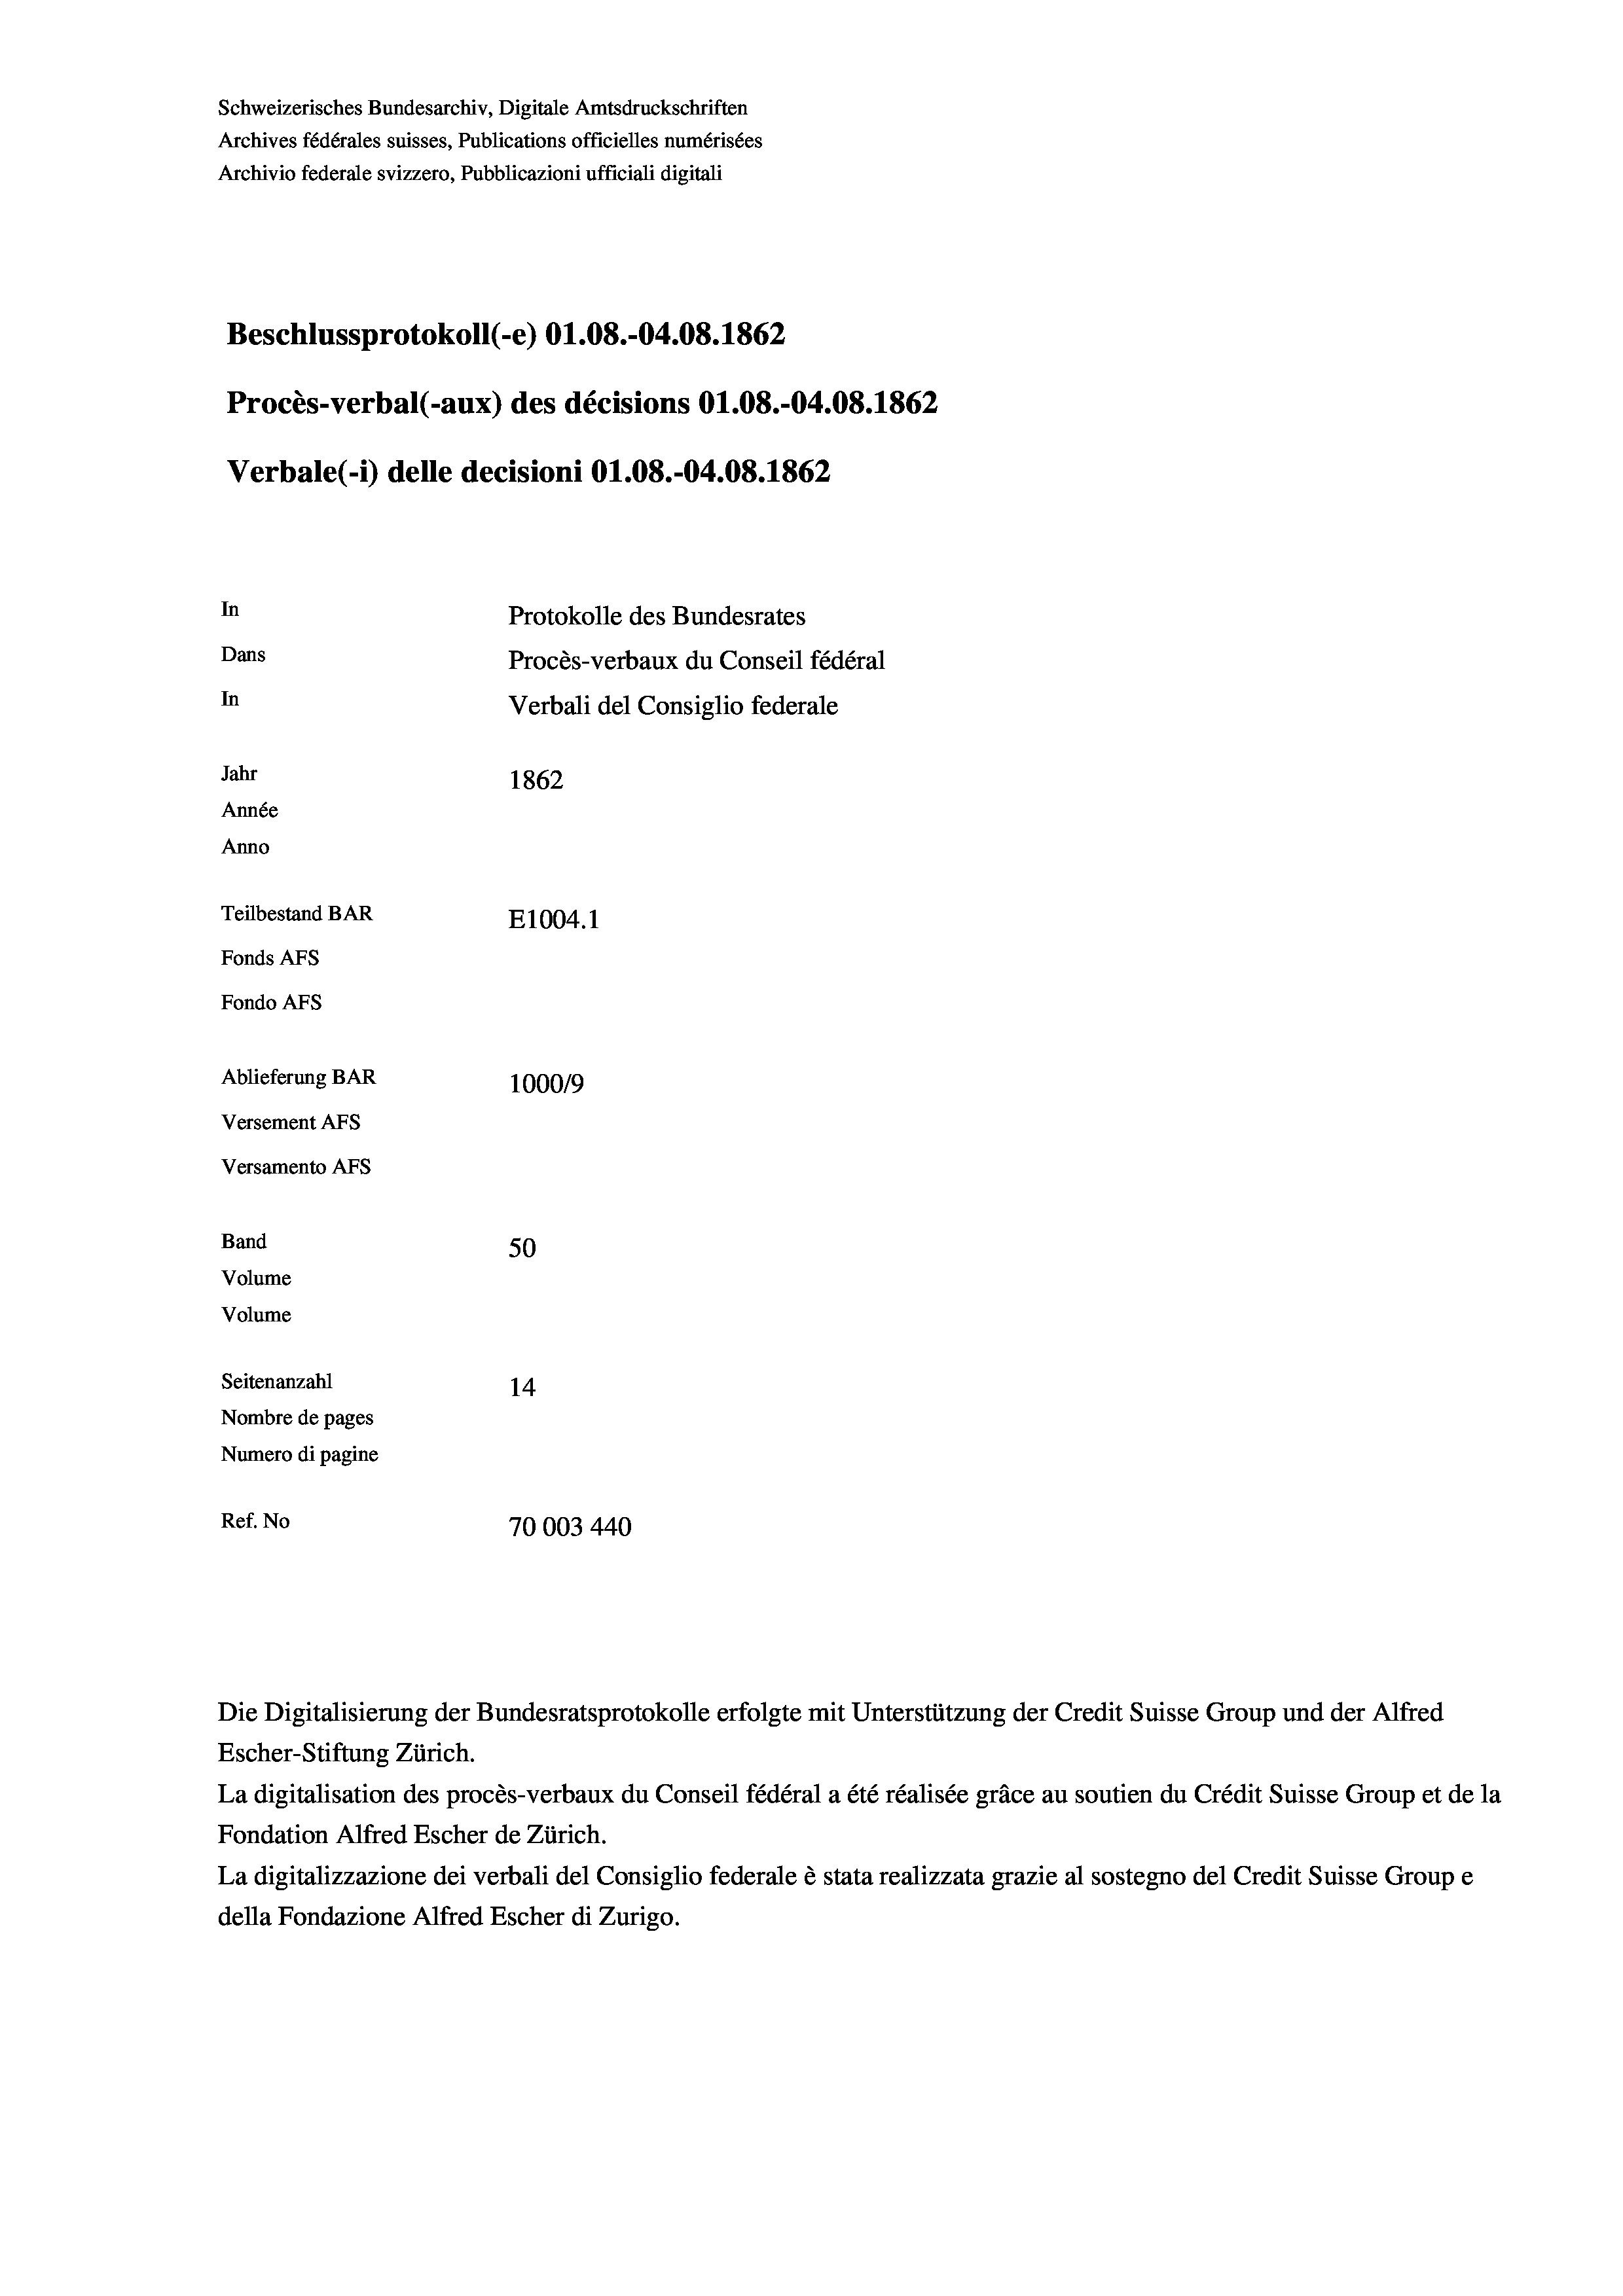
Schweizerisches Bundesarchiv, Digitale Amtsdruckschriften
Archives fédérales suisses, Publications officielles numérisées
Archivio federale svizzero, Pubblicazioni ufficiali digitali
Beschlussprotokoll (-e) O1.08.-04.08. 1862
Procès-verbal (-aux) des décisions O1.08.-04.08. 1862
Verbale (- 1) delle decisioni O1.08.-04.08. 1862
In
Protokolle des Bundesrates
Dans
Procès-verbaux du Conseil fédéral
In
Verbali del Consiglio federale
Jahr
1862
Année
Anno
Teilbestand BAR
E1004. 1
Fonds AFs
Fondo AFS
Ablieferung BAR
100019
Versement AFs
Versamento Afs
Band
50
Volume
Volume
Seitenanzahl
14
Nombre de pages
Numero di pagine
Ref. No
70003 440

Escher-Stiftung Zürich.
La digitalisation des procès-verbaux du Conseil fédéral a été réalisée gräce au soutien du Crédit Suisse Group et de la
Fondation Alfred Escher de Zürich.
La digitalizzazione dei verbali del Consiglio federale è stata realizzata grazie al sostegno del Credit Suisse Groupe
della Fondazione Alfred Escher di Zurigo.

Die Digitalisierung der Bundesratsprotokolle erfolgte mit Unterstützung der Credit Suisse Group und der Alfred